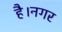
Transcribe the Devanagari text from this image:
है।नगर